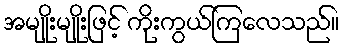
အမျိုးမျိုးဖြင့် ကိုးကွယ်ကြလေသည်။